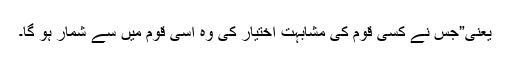
یعنی”جس نے کسی قوم کی مشابہت اختیار کی وہ اسی قوم میں سے شمار ہو گا۔